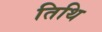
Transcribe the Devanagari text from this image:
तिथि